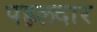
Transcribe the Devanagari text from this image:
पहलदार